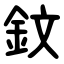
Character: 鈫